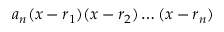
a _ { n } ( x - r _ { 1 } ) ( x - r _ { 2 } ) \dots ( x - r _ { n } )